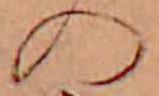
の